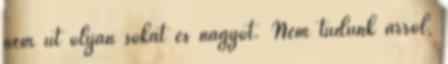
nem üt olyan sokat és nagyot. Nem tudunk arról,